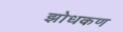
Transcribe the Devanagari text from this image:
झोधकण